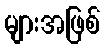
များအဖြစ်